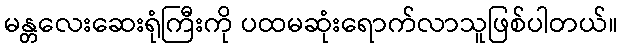
မန္တလေးဆေးရုံကြီးကို ပထမဆုံးရောက်လာသူဖြစ်ပါတယ်။